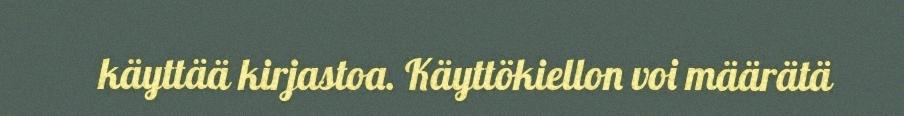
käyttää kirjastoa. Käyttökiellon voi määrätä